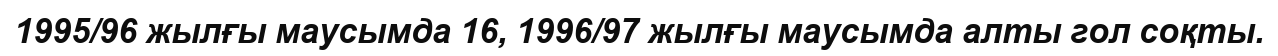
1995/96 жылғы маусымда 16, 1996/97 жылғы маусымда алты гол соқты.